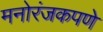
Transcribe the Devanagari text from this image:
मनोरंजकपणे